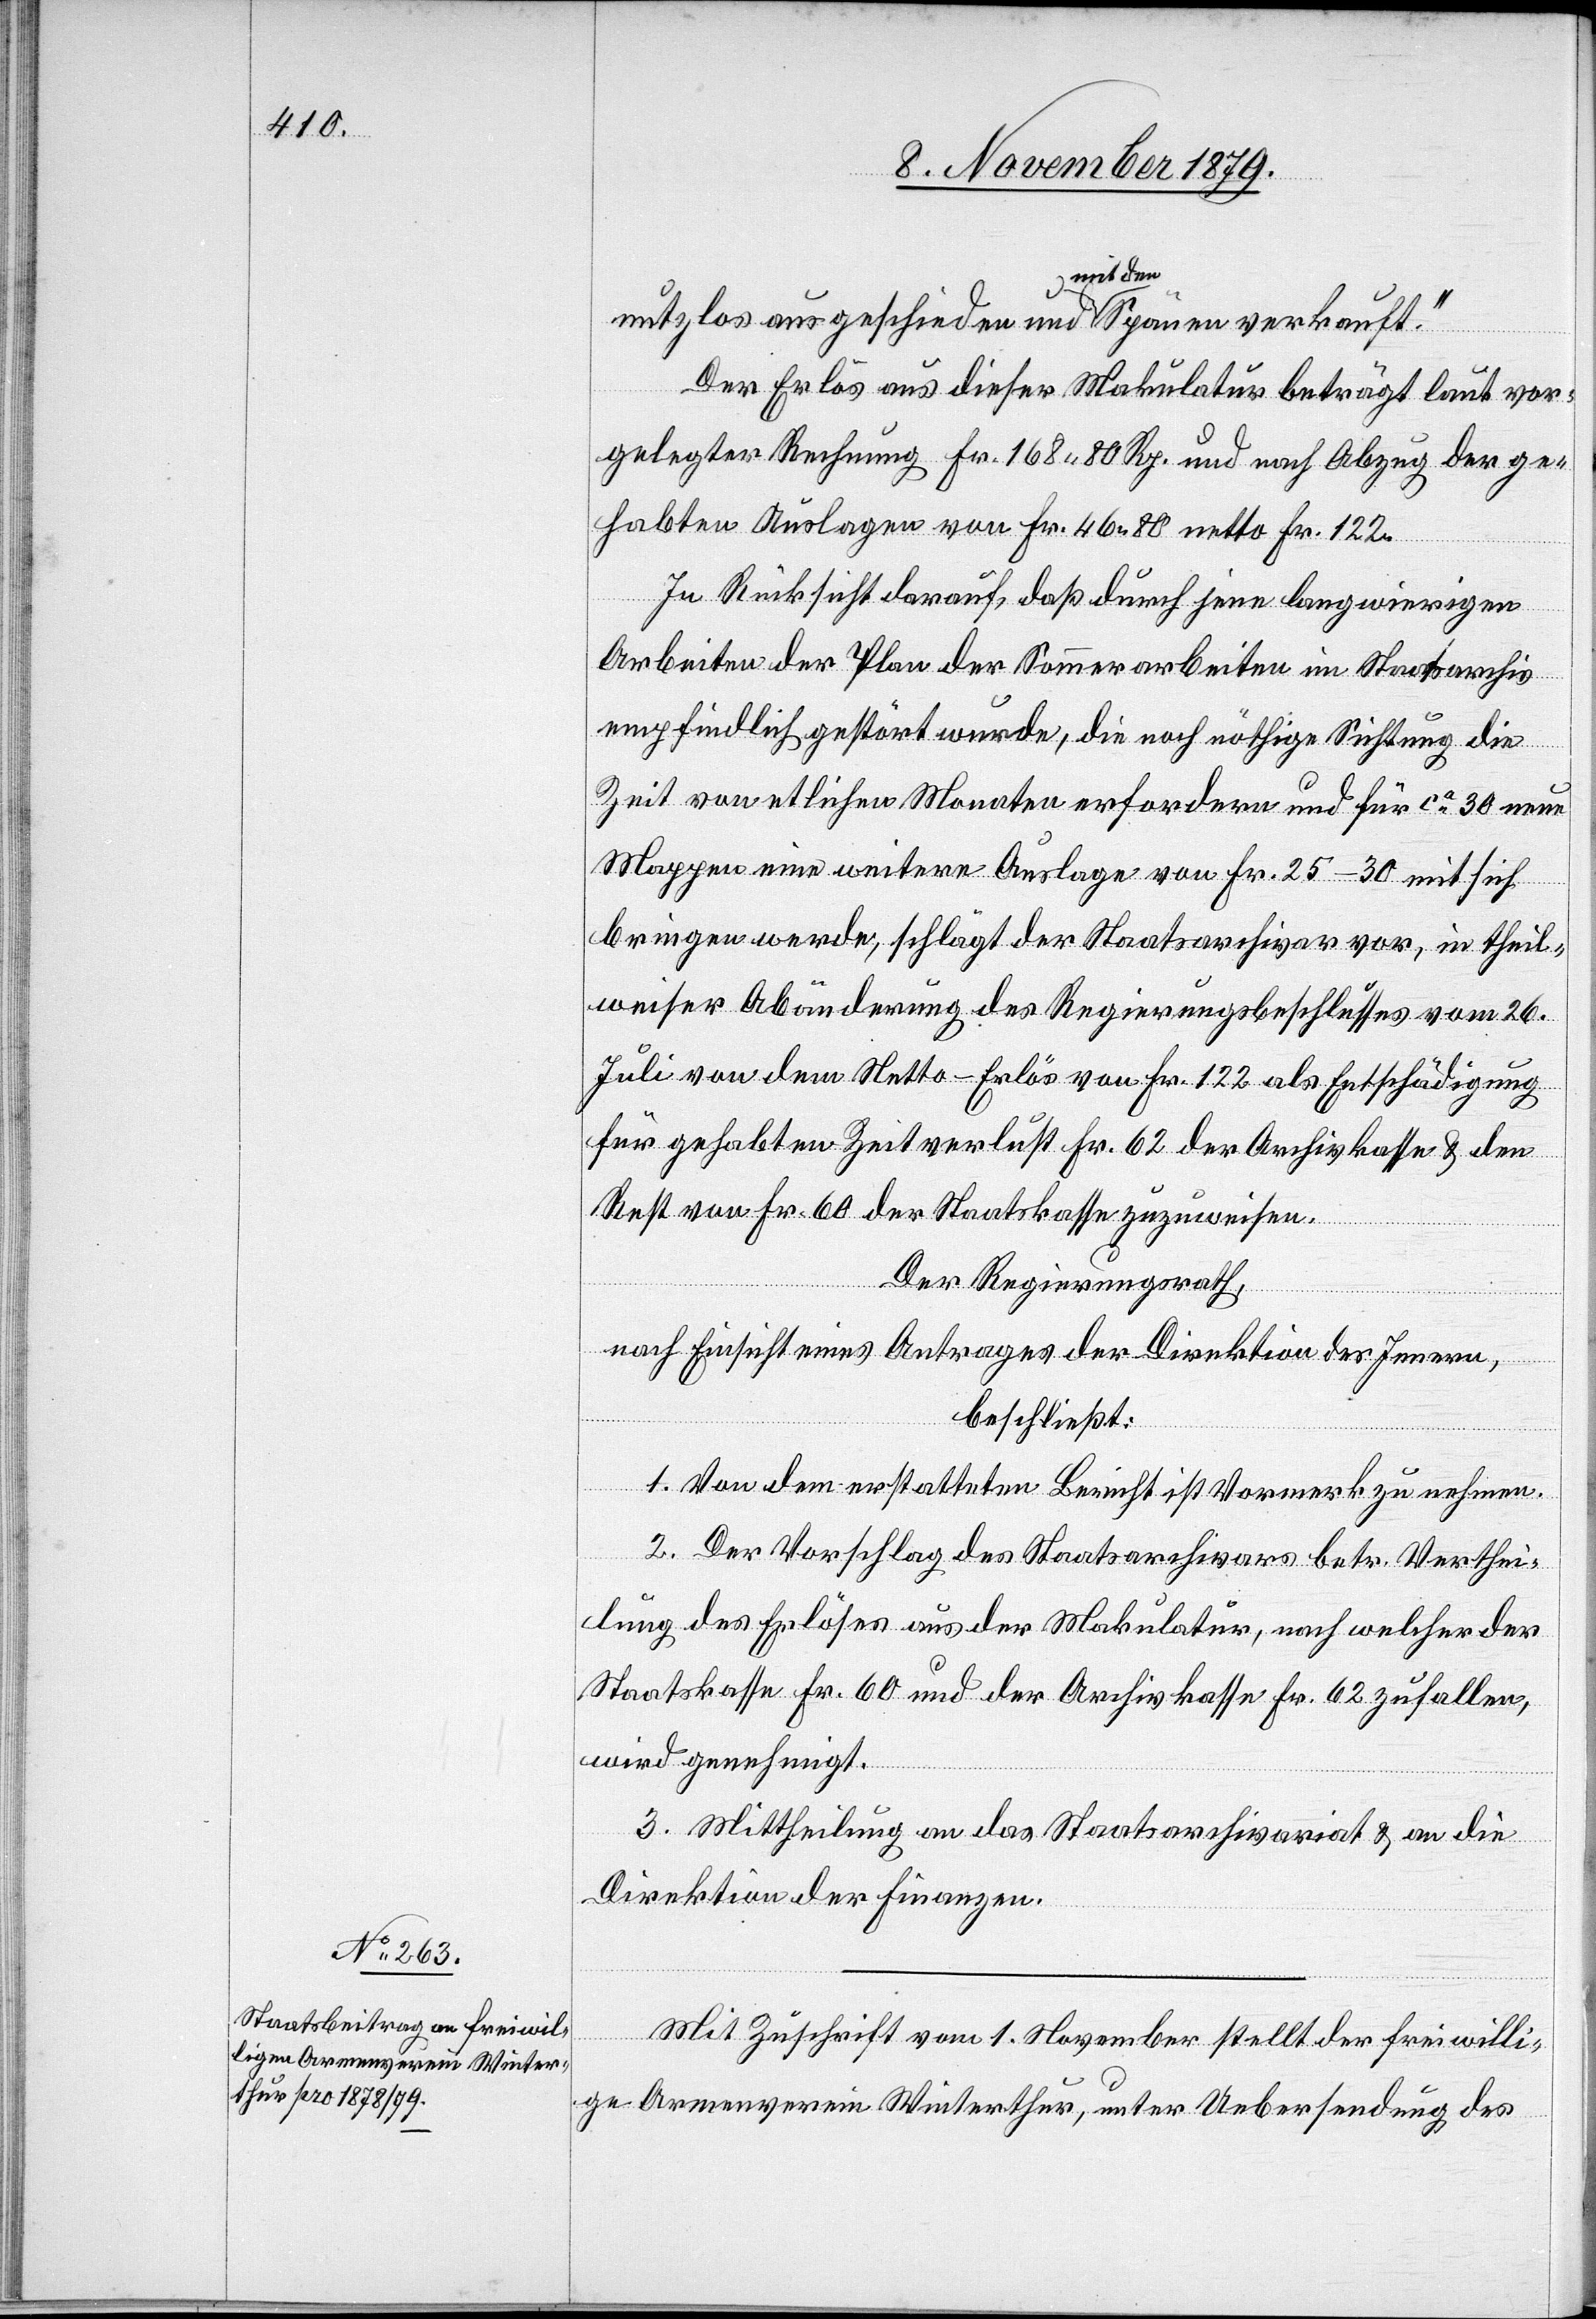
nutzlos ausgeschieden und mit dem Spanne verkauft.“
Der Erlös aus dieser Makulatur beträgt laut vor¬
gelegter Rechnung Fr. 168 80 Rp. und nach Abzug der ge¬
habten Auslagen von Fr. 46 80 netto Fr. 122.
In Rücksicht darauf, daß durch jene langwierigen
Arbeiten der Plan der Sommerarbeiten im Staatsarchiv
empfindlich gestört wurde, die noch nöthige Sichtung die
Zeit von etlichen Monaten erfordere und für ca 30 neue
Mappen eine weitere Auslage von Fr. 25–30 mit sich
bringen werde, schlägt der Staatsarchivar vor, in theil¬
weiser Abänderung des Regierungsbeschlusses vom 26.
Juli von dem Netto-Erlös von Fr. 122 als Entschädigung
für gehabten Zeitverlust Fr. 62 der Archivkasse & den
Rest von Fr. 60 der Staatskasse zuzuweisen.
Der Regierungsrath,
nach Einsicht eines Antrages der Direktion des Innern,
beschließt:
1. Von dem erstatteten Bericht ist Vormerk zu nehmen.
2. Der Vorschlag des Staatsarchivars betr. Verthei¬
lung des Erlöses aus der Makulatur, nach welcher der
Staatskasse Fr. 60 und der Archivkasse Fr. 62 zufallen,
wird genehmigt.
3. Mittheilung an das Staatsarchivariat & an die
Direktion der Finanzen.
Mit Zuschrift vom 1. November stellt der freiwilli¬
ge Armenverein Winterthur, unter Uebersendung des